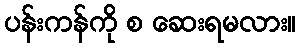
ပန်းကန်ကို စ ဆေးရမလား။